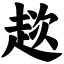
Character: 趑